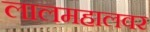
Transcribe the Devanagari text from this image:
लालमहालवर